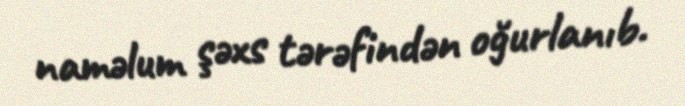
naməlum şəxs tərəfindən oğurlanıb.